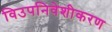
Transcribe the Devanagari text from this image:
विउपनिवेशीकरण